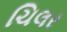
ચિલર